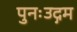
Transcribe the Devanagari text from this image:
पुनःउद्गम